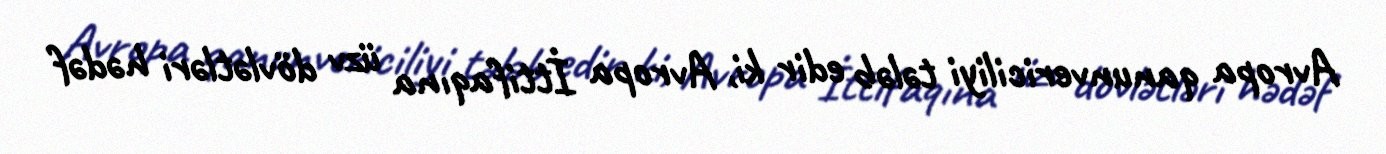
Avropa qanunvericiliyi tələb edir ki, Avropa İttifaqına üzv dövlətləri hədəf